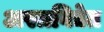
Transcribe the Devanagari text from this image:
अस्त्रविद्येत